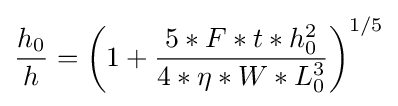
{\frac {h_{0}}{h}}=\left(1+{\frac {5*F*t*h_{0}^{2}}{4*\eta *W*L_{0}^{3}}}\right)^{1/5}